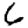
Digit: 6